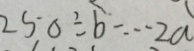
2 5 0 \div b \cdots 2 a